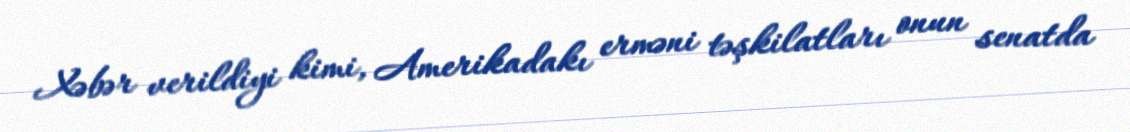
Xəbər verildiyi kimi, Amerikadakı erməni təşkilatları onun senatda